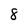
Character: 8